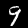
Digit: 9